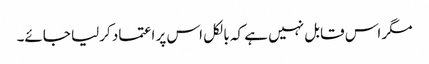
مگر اس قابل نہیں ہے کہ بالکل اس پر اعتماد کرلیا جائے۔